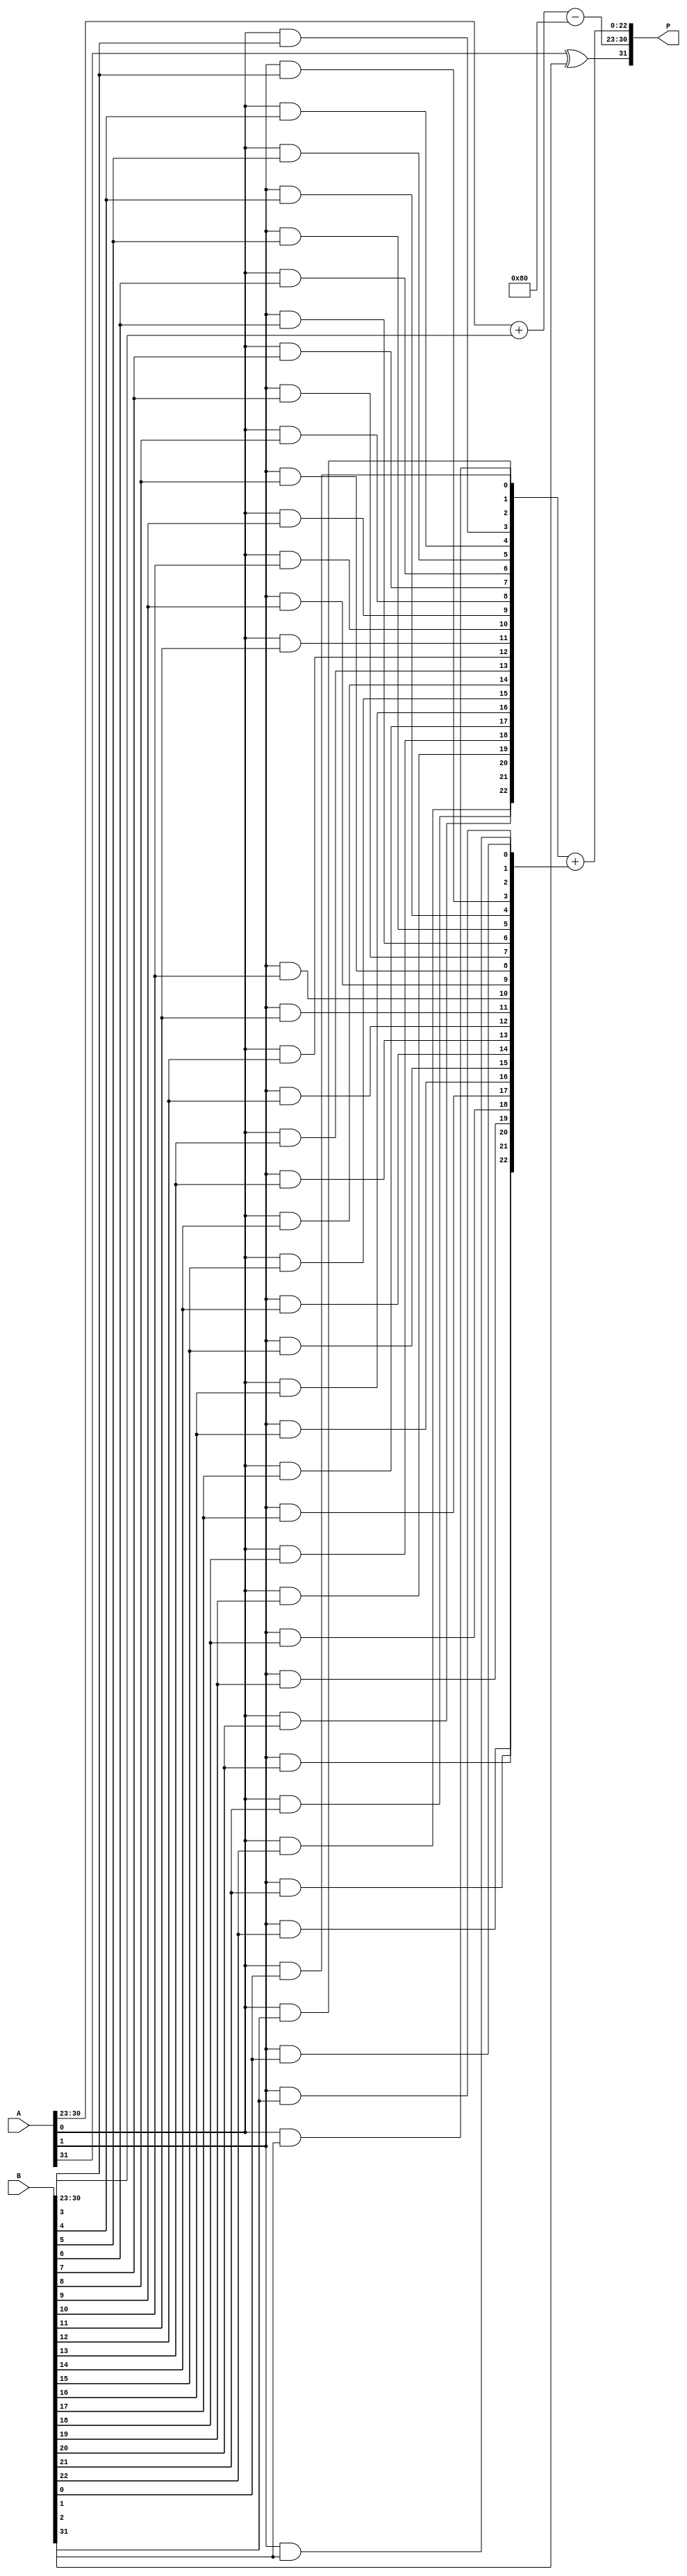
module fp_wallace_tree_multiplier #(
    parameter EXP_BITS = 8,
    parameter MANT_BITS = 23
)(
    input wire [EXP_BITS + MANT_BITS:0] A, // Input A (IEEE 754: 1 + EXP_BITS + MANT_BITS)
    input wire [EXP_BITS + MANT_BITS:0] B, // Input B
    output reg [EXP_BITS + MANT_BITS:0] P  // Output P (IEEE 754: 1 + EXP_BITS + MANT_BITS)
);

    // Internal signals
    wire sign_a, sign_b, sign_result;
    wire [EXP_BITS - 1:0] exponent_a, exponent_b;
    wire [MANT_BITS:0] mantissa_a, mantissa_b; // With implicit leading bit.
    wire [MANT_BITS + MANT_BITS:0] partial_products [0:(MANT_BITS - 1)]; // Storage for partial products
    wire [2*MANT_BITS + 1:0] sum, carry; // For Wallace tree reduction
    wire [EXP_BITS - 1:0] biased_exponent; // Resultant biased exponent
    
    // Extract sign, exponent and mantissa
    assign sign_a = A[EXP_BITS + MANT_BITS]; // Sign bit
    assign exponent_a = A[EXP_BITS + MANT_BITS - 1: MANT_BITS]; // Exponent
    assign mantissa_a = {1'b1, A[MANT_BITS - 1:0]}; // Implicit leading 1

    assign sign_b = B[EXP_BITS + MANT_BITS]; // Sign bit
    assign exponent_b = B[EXP_BITS + MANT_BITS - 1: MANT_BITS]; // Exponent
    assign mantissa_b = {1'b1, B[MANT_BITS - 1:0]}; // Implicit leading 1

    // Partial Product Generation using AND gates
    genvar i, j;
    generate
        for (i = 0; i < MANT_BITS + 1; i = i + 1) begin : partial_product_gen
            for (j = 0; j < MANT_BITS + 1; j = j + 1) begin : loop_j
                assign partial_products[i][j] = mantissa_a[i] & mantissa_b[j];
            end
        end
    endgenerate

    // Wallace Tree Reduction (Simplified: actual implementation will vary in complexity)
    // In practice you will want to implement carry-save adders and full adders here.
    // This example only illustrates the skeleton.
    wire [MANT_BITS + MANT_BITS + 1:0] reduced_result; // This will hold accumulated result
    assign reduced_result = partial_products[0] + partial_products[1]; // Pseudo-reduction

    // Final addition to get the mantissa
    wire [MANT_BITS + MANT_BITS + 1:0] final_mantissa;
    assign final_mantissa = reduced_result; // Placeholder, real implementation required

    // Exponent Calculation
    assign biased_exponent = exponent_a + exponent_b - (1 << (EXP_BITS - 1)); // Subtract bias

    // Sign Calculation
    assign sign_result = sign_a ^ sign_b;

    // Normalize Result (holder assignment; will need proper normalization logic)
    always @(*) begin
        P[EXP_BITS + MANT_BITS] = sign_result;
        P[EXP_BITS + MANT_BITS - 1: MANT_BITS] = biased_exponent; // Adjusted exponent
        P[MANT_BITS - 1:0] = final_mantissa[MANT_BITS - 1:0]; // Mantissa (needs normalization)
    end

endmodule